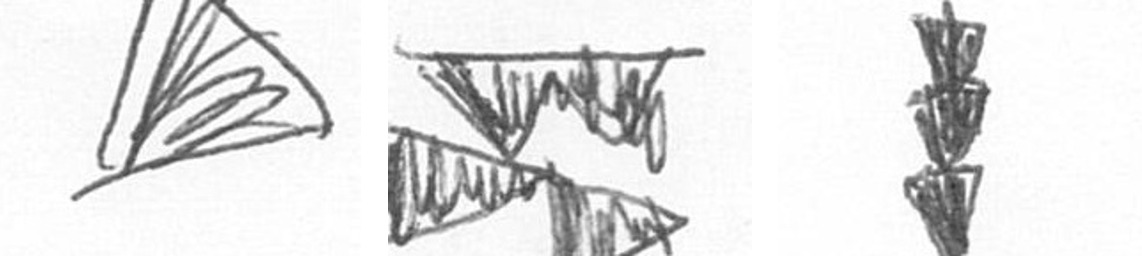
O B E